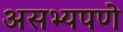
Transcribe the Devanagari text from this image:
असभ्यपणे